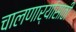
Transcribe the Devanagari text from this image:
चालणार्‍यांसाठी